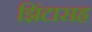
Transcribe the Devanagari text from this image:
झिंटासह